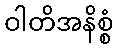
ဝါတိအနိစ္စံ